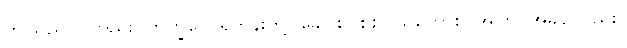
ဤသည်ပင်တည်း။ ဘိက္ခဝေ၊ ရဟန်းတို့။ ခေါ၊ စင်စစ်။ ယတောစ၊ အကြင်အခါ၌လည်း။